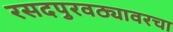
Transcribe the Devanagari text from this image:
रसदपुरवठ्यावरचा